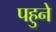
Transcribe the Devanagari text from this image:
पहुने